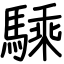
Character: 騬